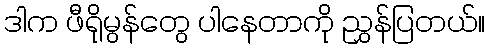
ဒါက ဖီရိုမွန်တွေ ပါနေတာကို ညွှန်ပြတယ်။